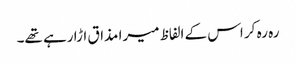
رہ رہ کر اس کے الفاظ میرا مذاق اڑا رہے تھے۔